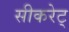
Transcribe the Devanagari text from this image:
सीकरेट्